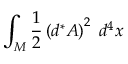
\int _ { M } \frac { 1 } { 2 } \left( d ^ { \ast } A \right) ^ { 2 } \; d ^ { 4 } x